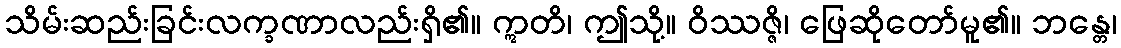
သိမ်းဆည်းခြင်းလက္ခဏာလည်းရှိ၏။ ဣတိ၊ ဤသို့။ ဝိဿဇ္ဇိ၊ ဖြေဆိုတော်မူ၏။ ဘန္တေ၊